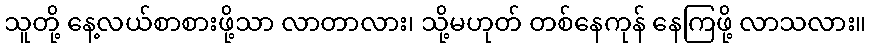
သူတို့ နေ့လယ်စာစားဖို့သာ လာတာလား၊ သို့မဟုတ် တစ်နေကုန် နေကြဖို့ လာသလား။